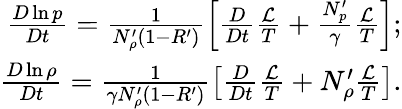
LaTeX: \begin{array}{r}{\frac{D\ln p}{Dt}=\frac{1}{N_{\rho}^{\prime}(1-R^{\prime})}\left[\frac{D}{Dt}\frac{\mathcal{L}}{T}+\frac{N_{p}^{\prime}}{\gamma}\frac{\mathcal{L}}{T}\right];}\\ {\frac{D\ln\rho}{Dt}=\frac{1}{\gamma N_{\rho}^{\prime}(1-R^{\prime})}\left[\frac{D}{Dt}\frac{\mathcal{L}}{T}+N_{\rho}^{\prime}\frac{\mathcal{L}}{T}\right].}\end{array}